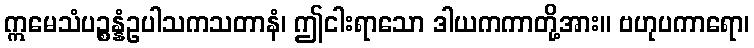
ဣမေသံပဉ္စန္နံဥပါသကသတာနံ၊ ဤငါးရာသော ဒါယကကာတို့အား။ ဗဟုပကာရော၊